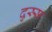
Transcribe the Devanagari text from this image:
दुस्स